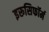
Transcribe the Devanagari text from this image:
इरूसिफॉर्म